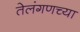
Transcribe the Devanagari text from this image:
तेलंगणच्या